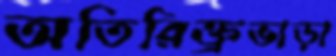
অতিরিক্ত্রভাড়া